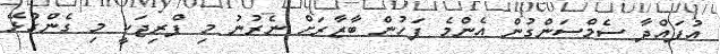
އުފައްދާ ސެމްސަންގުން އެންމެ ފަހުން ބާޒާރަށް ނެރުނު މި ފްރިޖަކީ މި ގެންގުޅޭ